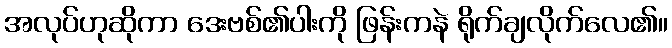
အလုပ်ဟုဆိုကာ ဒေးဗစ်၏ပါးကို ဖြန်းကနဲ ရိုက်ချလိုက်လေ၏။